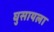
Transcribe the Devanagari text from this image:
घुसायला